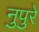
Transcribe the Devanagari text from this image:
नुपुरे